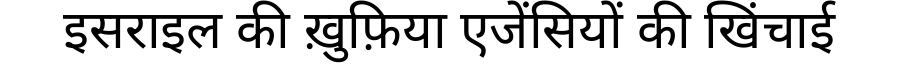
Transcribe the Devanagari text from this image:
इसराइल की ख़ुफ़िया एजेंसियों की खिंचाई